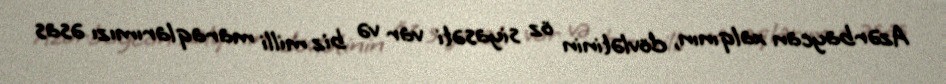
Azərbaycan xalqının, dövlətinin öz siyasəti var və biz milli maraqlarımızı əsas